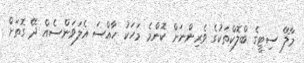
މާލޭ ސިޓީގެ ބްލޮކްތަކުގެ ވެރިންނަށް ކޮންމެ މަހަކު ހާއްސަ އެލަވަންސެއް ދޭ ގޮތަށް